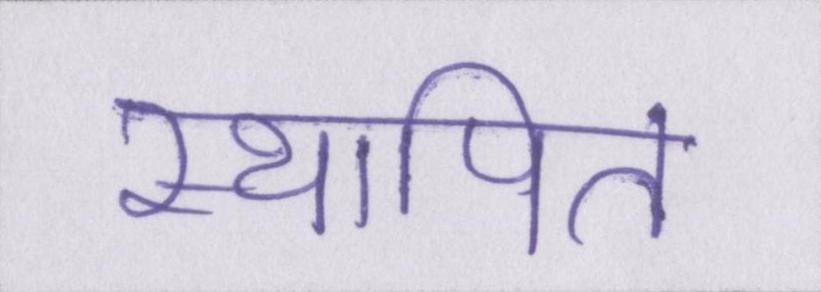
स्थापित